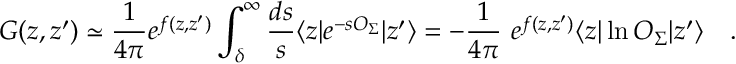
{ \cal G } ( z , z ^ { \prime } ) \simeq { \frac { 1 } { 4 \pi } } e ^ { f ( z , z ^ { \prime } ) } \int _ { \delta } ^ { \infty } { \frac { d s } { s } } \langle z | e ^ { - s O _ { \Sigma } } | z ^ { \prime } \rangle = - { \frac { 1 } { 4 \pi } } ~ e ^ { f ( z , z ^ { \prime } ) } \langle z | \ln O _ { \Sigma } | z ^ { \prime } \rangle ~ ~ ~ .